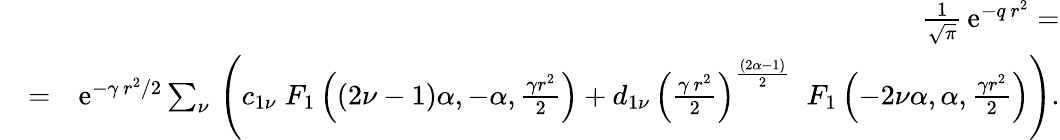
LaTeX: \begin{array}{rlr}&{}&{{\frac{1}{\sqrt{\pi}}}\, \mathrm{e}^{-q\, r^{2}}=}\\ &{=}&{\mathrm{e}^{-\gamma\, r^{2}/2}\sum_{\nu}\, \left(c_{1\nu}\; F_{1}\left((2\nu-1)\alpha,-\alpha,\frac{\gamma r^{2}}{2}\right)+d_{1\nu}\, \left({\frac{\gamma\, r^{2}}{2}}\right)^{\frac{(2\alpha-1)}{2}}\; \; F_{1}\left(-2\nu\alpha,\alpha,\frac{\gamma r^{2}}{2}\right)\right).}\end{array}